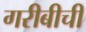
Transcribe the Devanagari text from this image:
गरीबीची